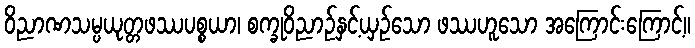
ဝိညာဏသမ္ပယုတ္တဖဿပစ္စယာ၊ စက္ခုဝိညာဉ်နှင့်ယှဉ်သော ဖဿဟူသော အကြောင်းကြောင့်။